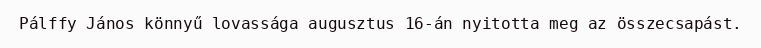
Pálffy János könnyű lovassága augusztus 16-án nyitotta meg az összecsapást.